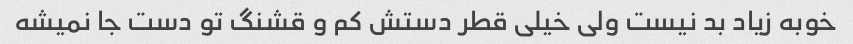
خوبه زیاد بد نیست ولی خیلی قطر دستش کم و قشنگ تو دست جا نمیشه